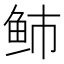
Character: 𱇑